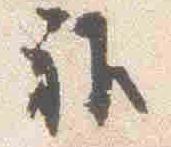
雅